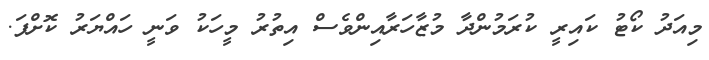
މިއަދު ކޯޓު ކައިރީ ކުރަމުންދާ މުޒާހަރާއިންވެސް އިތުރު މީހަކު ވަނީ ހައްޔަރު ކޮށްފަ.